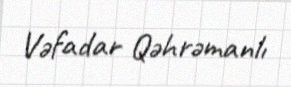
Vəfadar Qəhrəmanlı